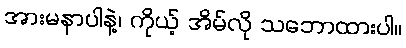
အားမနာပါနဲ့၊ ကိုယ့် အိမ်လို သဘောထားပါ။